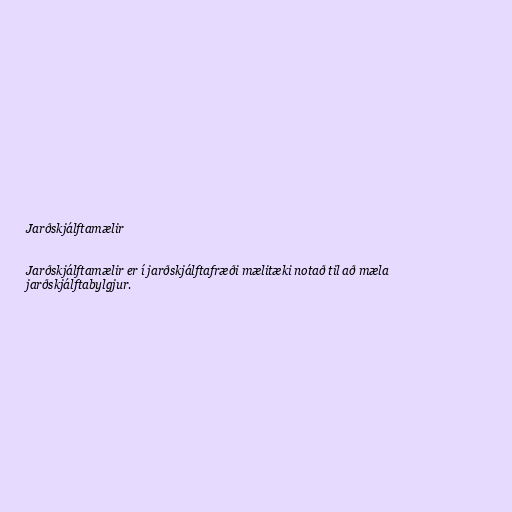
Jarðskjálftamælir

Jarðskjálftamælir er í jarðskjálftafræði mælitæki notað til að mæla
jarðskjálftabylgjur.